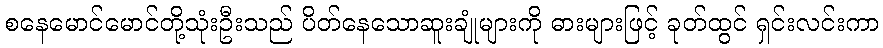
စနေမောင်မောင်တို့သုံးဦးသည် ပိတ်နေသောဆူးချုံများကို ဓားများဖြင့် ခုတ်ထွင် ရှင်းလင်းကာ